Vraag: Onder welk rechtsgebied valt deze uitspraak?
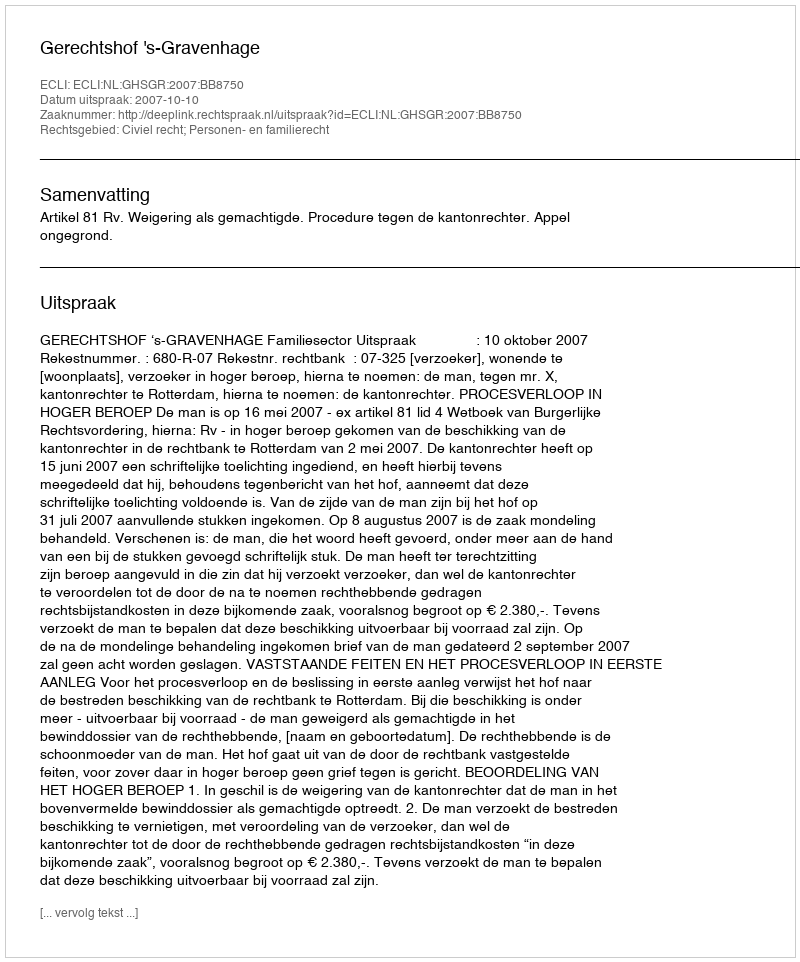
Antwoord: Civiel recht; Personen- en familierecht